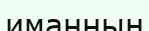
иманның